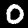
Label: 0